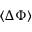
\left< \Delta \Phi \right>